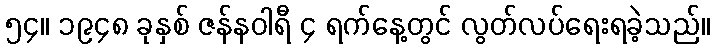
၅၄။ ၁၉၄၈ ခုနှစ် ဇန်နဝါရီ ၄ ရက်နေ့တွင် လွတ်လပ်ရေးရခဲ့သည်။